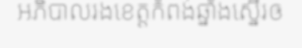
អភិបាលរងខេត្តកំពង់ឆ្នាំងស្នើរឲ